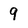
Character: 9